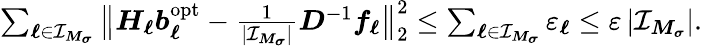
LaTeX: \begin{array}{r}{\sum_{\boldsymbol\ell\in\mathcal I_{\boldsymbol M_{\boldsymbol\sigma}}}\big\| \boldsymbol H_{\boldsymbol\ell}\boldsymbol b_{\boldsymbol\ell}^{\mathrm{opt}}-\frac{1}{|\mathcal I_{\boldsymbol M_{\boldsymbol\sigma}}|}\boldsymbol D^{-1}\boldsymbol f_{\boldsymbol\ell}\big\| _{2}^{2}\leq\sum_{\boldsymbol\ell\in\mathcal I_{\boldsymbol M_{\boldsymbol\sigma}}}\varepsilon_{\boldsymbol\ell}\leq\varepsilon\, |\mathcal I_{\boldsymbol M_{\boldsymbol\sigma}}|.}\end{array}